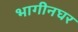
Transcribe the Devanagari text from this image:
भागीनघर